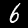
Label: 6